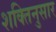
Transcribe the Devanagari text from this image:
शक्तिनुसार